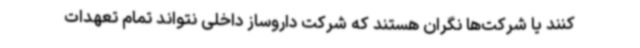
کنند یا شرکت‌ها نگران هستند که شرکت داروساز داخلی نتواند تمام تعهدات